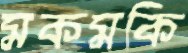
মকমকি